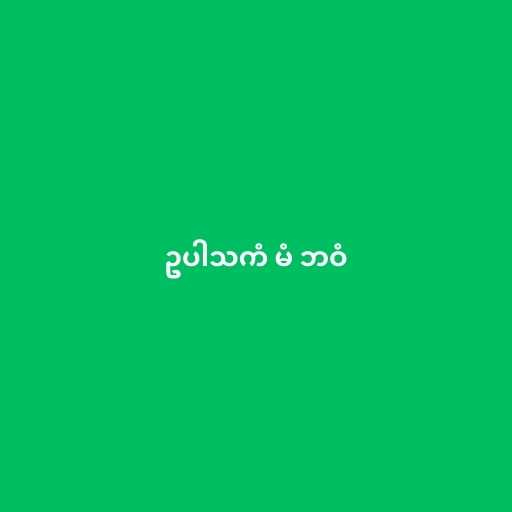
ဥပါသကံ မံ ဘဝံ